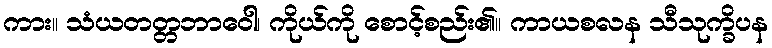
ကား။ သံယတတ္တဘာဝေါ၊ ကိုယ်ကို စောင့်စည်း၏။ ကာယစလန သီသုက္ခိပန